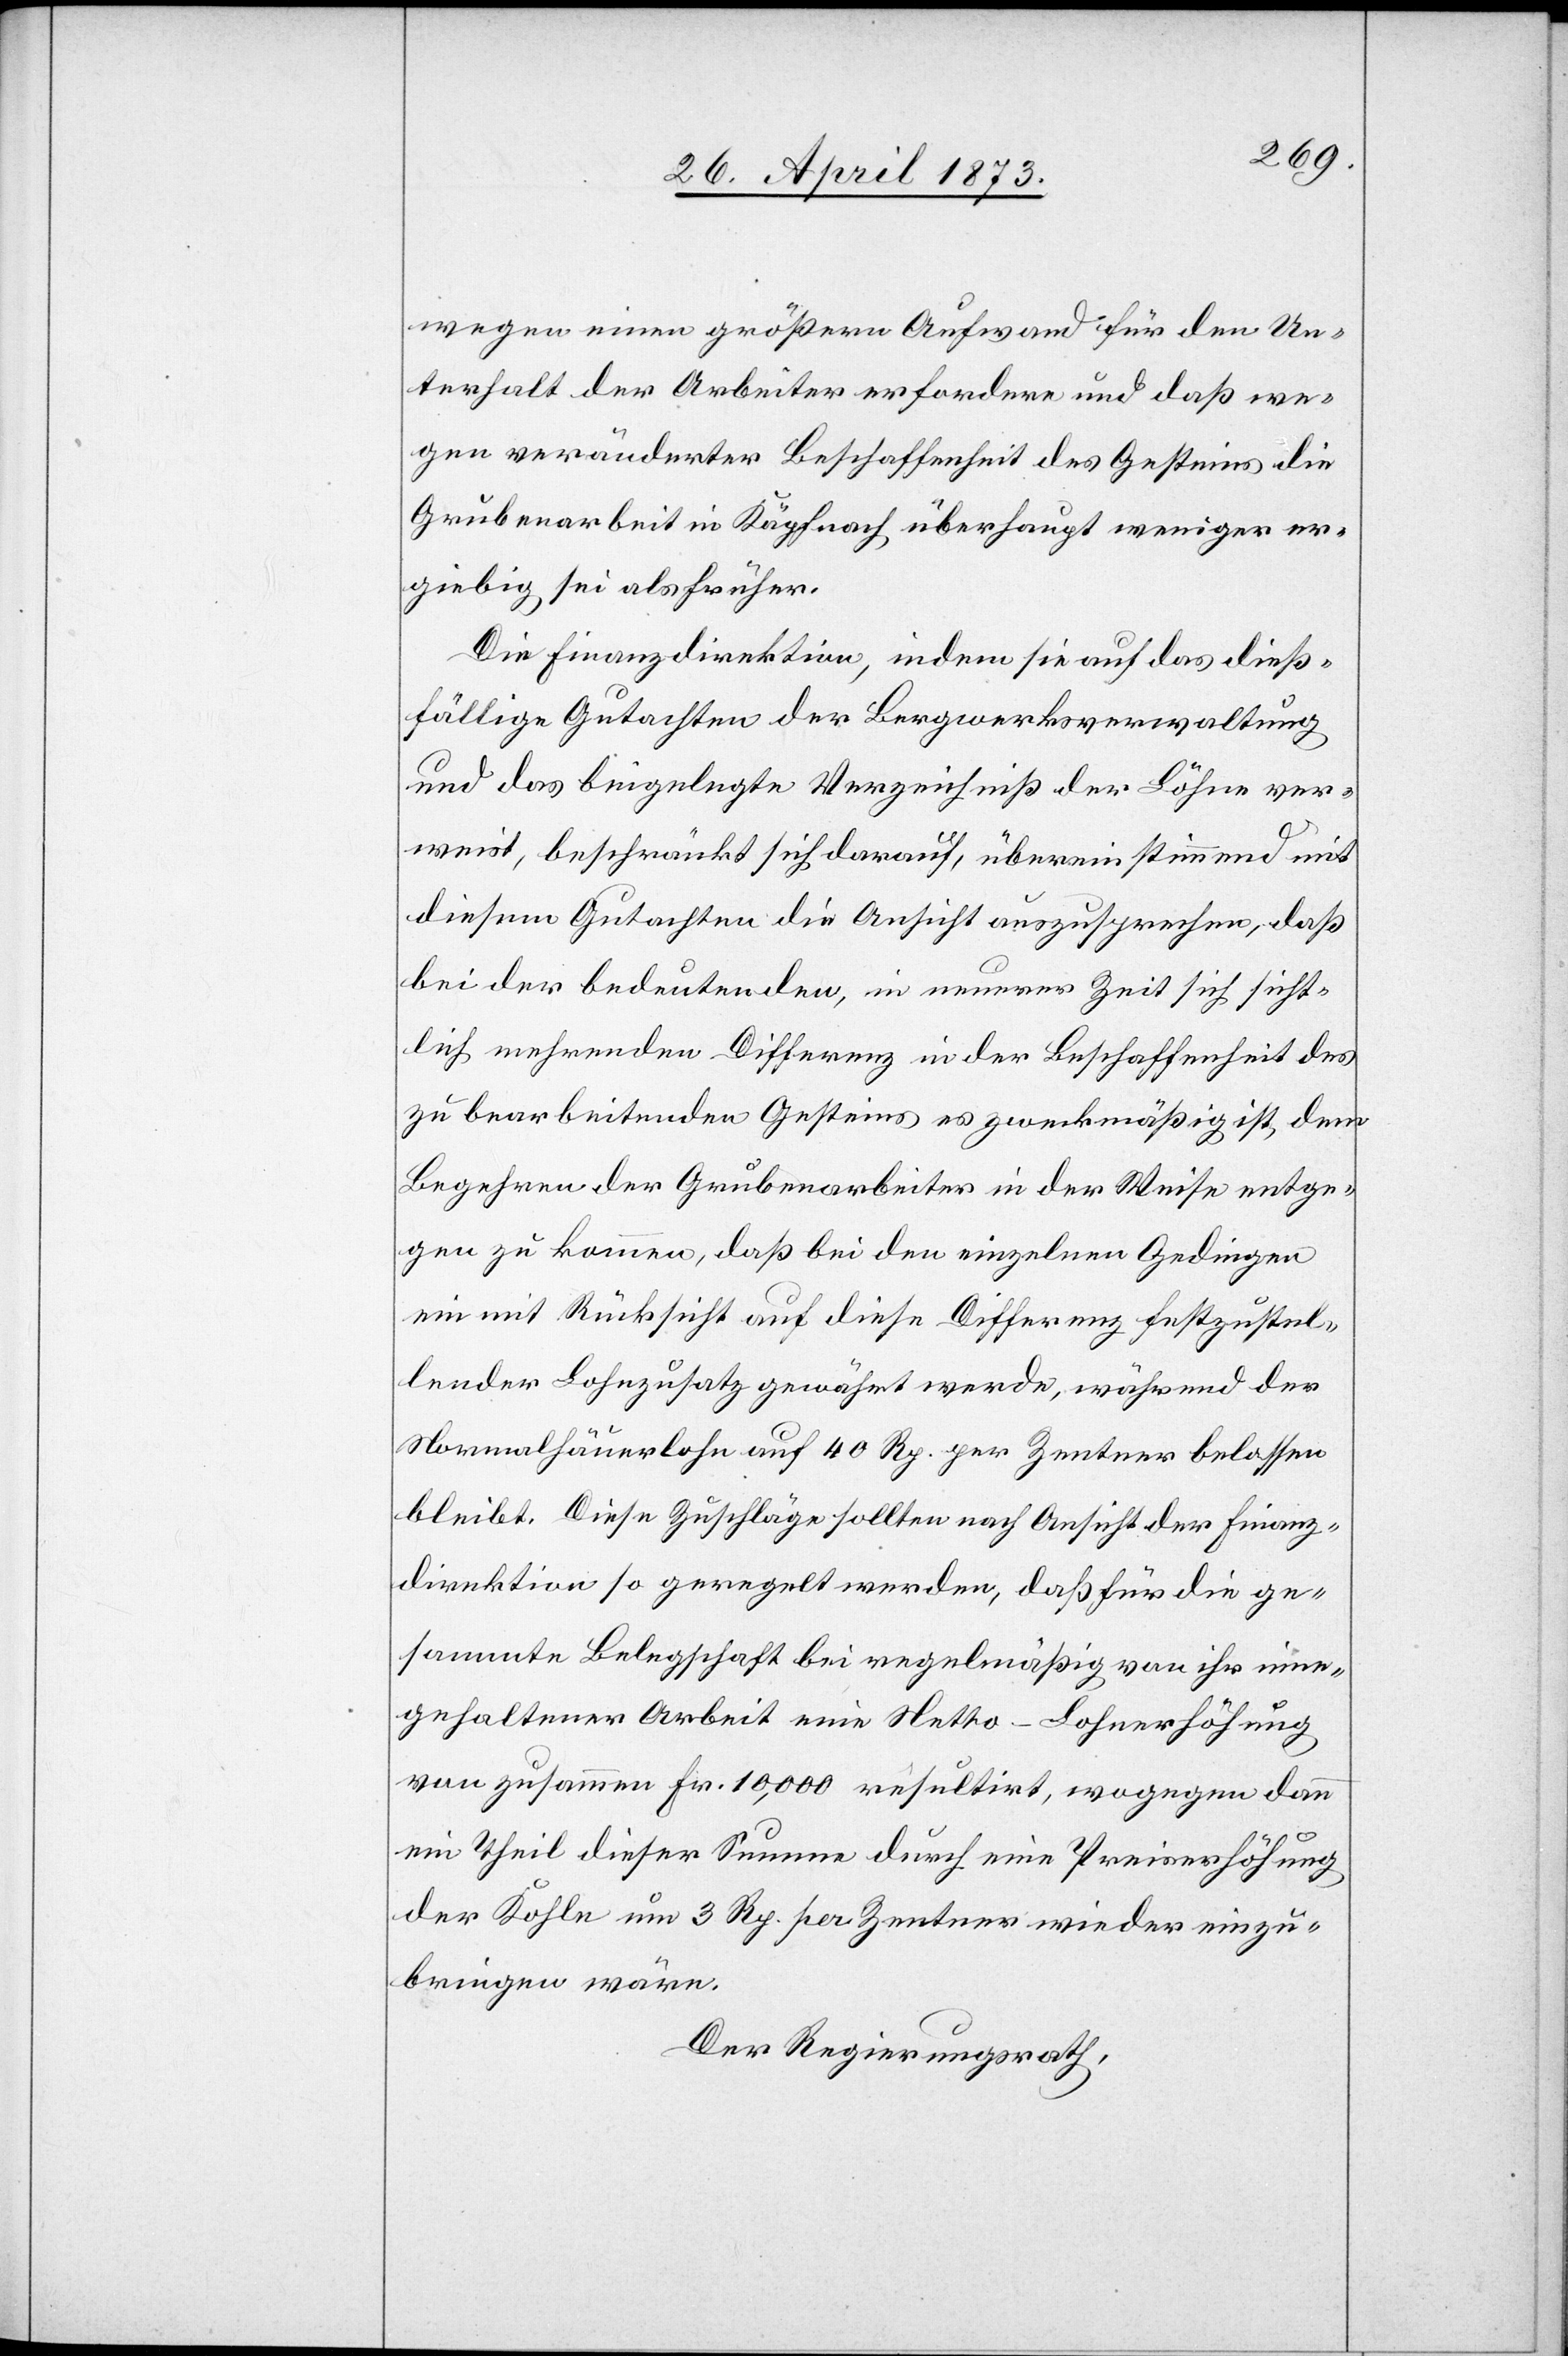
wegen einen größern Aufwand für den Un¬
terhalt der Arbeiter erfordern und daß we¬
gen veränderter Beschaffenheit des Gesteins die
Grubenarbeit in Käpfnach überhaupt weniger er¬
giebig sei als früher.
Die Finanzdirektion, indem sie auf das dieß¬
fällige Gutachten der Bergwerksverwaltung
und des beigelegte Verzeichniß der Löhne ver¬
weist, beschränkt sich darauf, übereinstimmend mit
diesem Gutachten die Ansicht auszusprechen, daß
bei der bedeutenden, in neuerer Zeit sich sicht¬
lich mehrenden Differenz in der Beschaffenheit des
zu bearbeitenden Gesteins es zweckmäßig ist, dem
Begehren der Grubenarbeiter in der Weise entge¬
gen zu kommen, daß bei den einzelnen Gedingen
ein mit Rücksicht auf diese Differenz festzustel¬
lender Lohnzusatz gewährt werde, während der
Normalhäuerlohn auf 40 Rp. per Zentner belassen
bleibt. Diese Zuschläge sollten nach Ansicht der Finanz¬
direktion so geregelt werden, daß für die ge¬
sammte Belegschaft bei regelmäßig von ihr inne¬
gehaltener Arbeit eine Netto-Lohnerhöhung
von zusammen Fr. 10,000 resultirt, wogegen dann
ein Theil dieser Summe durch eine Preiserhöhung
der Kohle um 3 Rp. per Zentner wieder einzu¬
bringen wäre.
Der Regierungsrath,